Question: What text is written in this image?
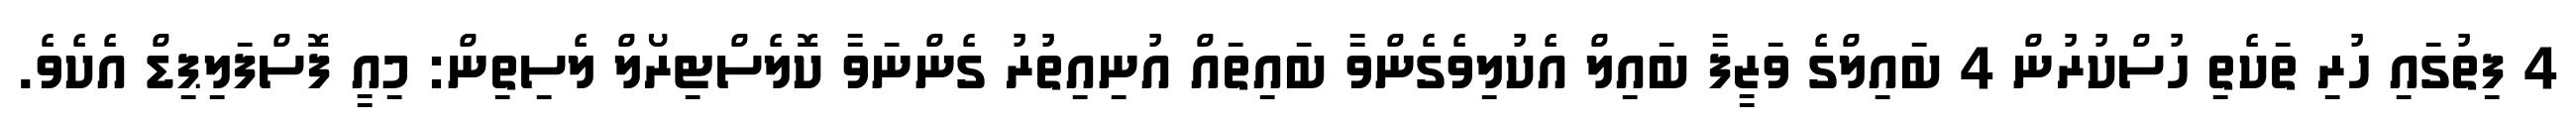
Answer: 4 ފިތުގައި ހުރި ތަކެތި ހުސްކުރުން 4 ބައިލްގެ ވަޒީފާ ބައިލް އެކުލިވެގެންވާ ބައިތައް އުނިއިތުރު ގެންނަވާ ކޮލެސްޓިރޯލް ލެސިތިން: މިއީ ފޮސްފަލިޕިޑް އެކެވެ.